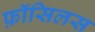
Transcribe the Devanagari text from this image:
फ़ॉसिलस